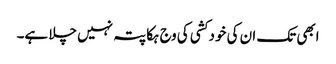
ابھی تک ان کی خود کشی کی وج ہکا پتہ نہیں چلا ہے۔